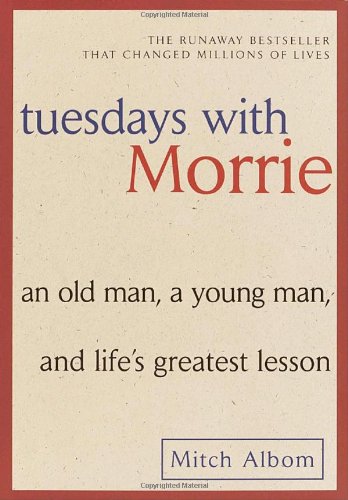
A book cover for Tuesdays with Morrie: An Old Man, a Young Man, and Life's Greatest Lesson; Mitch Albom; Literature & Fiction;